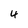
Character: 4